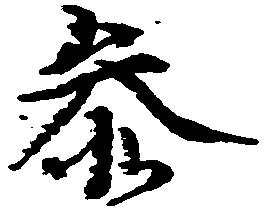
参